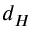
d _ { H }